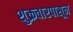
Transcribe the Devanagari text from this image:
शुक्रवारपासून